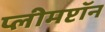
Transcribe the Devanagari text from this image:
प्लीमप्टॉन